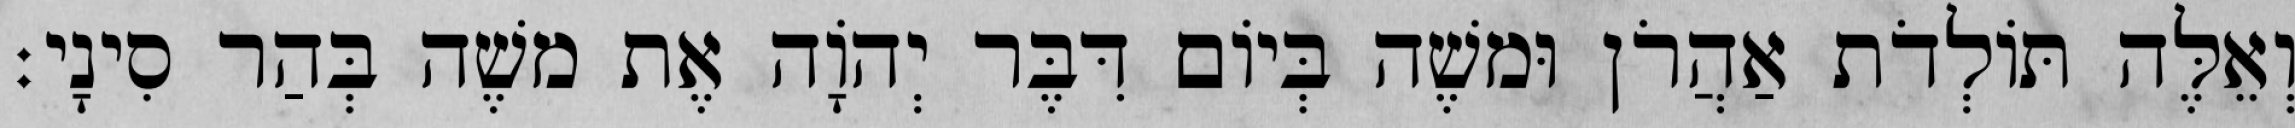
וְאֵלֶּה תּוֹלְדֹת אַהֲרֹן וּמשֶׁה בְּיוֹם דִּבֶּר יְהוָֹה אֶת משֶׁה בְּהַר סִינָי׃